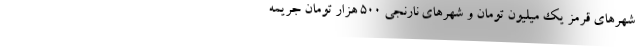
شهرهای قرمز یک میلیون تومان و شهرهای نارنجی ۵۰۰ هزار تومان جریمه